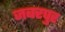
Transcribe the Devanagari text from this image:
जबरपुर